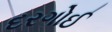
દરગોઈ